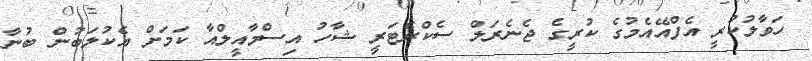
ހަވާލުކުރީ އެފްއޭއެމުގެ ކުރީގެ ޖެނެރަލް ސެކްރެޓަރީ ޝާހު އިސްމާއީލްއާ ކަމަށް އެކުލަބުން ބުނާ